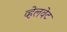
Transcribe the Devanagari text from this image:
व्हेलवेट